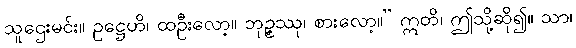
သူဌေးမင်း။ ဥဋ္ဌေဟိ၊ ထဦးလော့။ ဘုဉ္ဇဿု၊ စားလော့။” ဣတိ၊ ဤသို့ဆို၍။ သာ၊